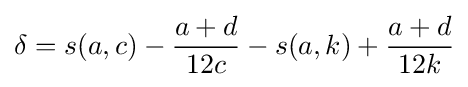
\delta =s(a,c)-{\frac {a+d}{12c}}-s(a,k)+{\frac {a+d}{12k}}